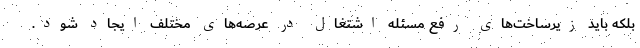
بلکه باید زیرساخت‌های رفع مسئله اشتغال در عرصه‌های مختلف ایجاد شود.